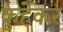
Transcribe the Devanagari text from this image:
कुर्हेकर